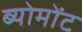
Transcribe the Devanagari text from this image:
ब्योमोंट